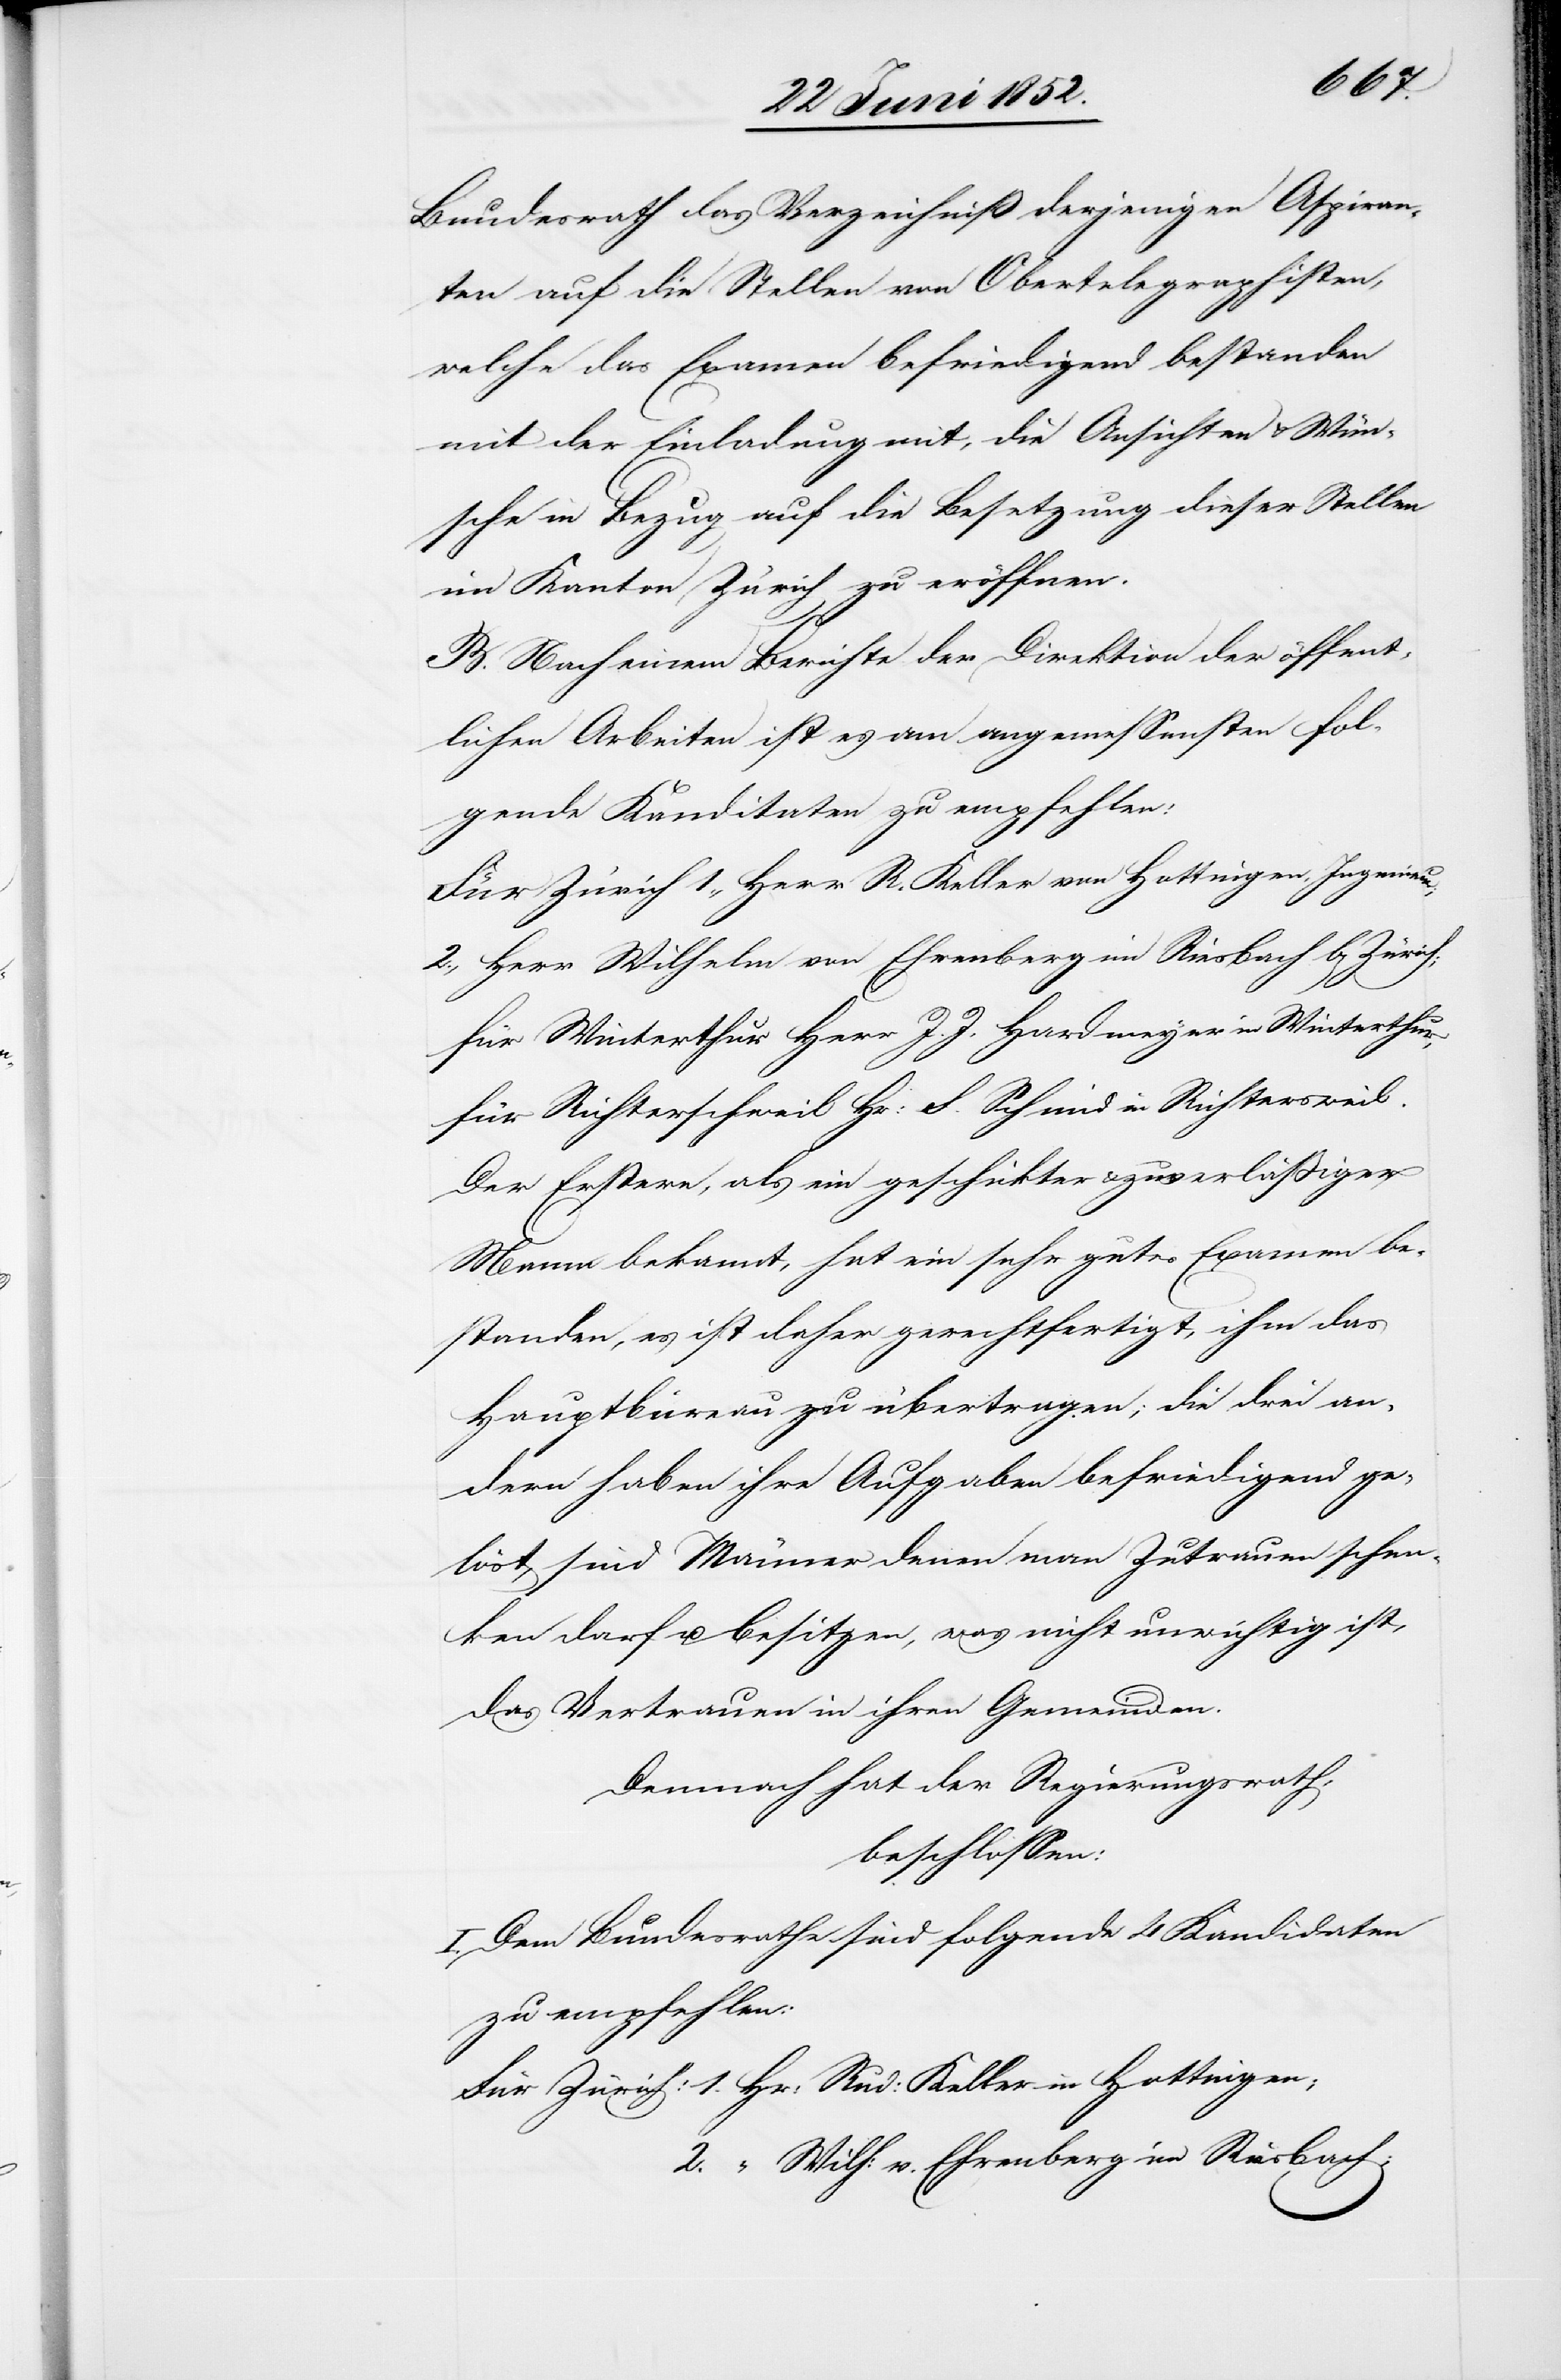
Keller
Bundesrath das Verzeichniß derjenigen Aspiran¬
ten auf die Stellen von Obertelegraphisten,
welche das Examen befriedigend bestanden
mit der Einladung mit, die Ansichten & Wün¬
sche in Bezug auf die Besetzung dieser Stellen
im Kanton Zürich zu eröffnen.
B. Nach einem Berichte der Direktion der öffent¬
lichen Arbeiten ist es am angemessensten fol¬
gende Kanditaten zu empfehlen:
Für Zürich 1., Herr R. Keller von Hottingen, Ingenieur;
2., Herr Wilhelm von Ehrenberg im Riesbach b[ei] Zürich;
für Winterthur Herr J. J. Hardmeyer in Winterthur,
für Richterschweil Hr: F. Schmid in Richtersweil.
Der Erstere, als ein geschickter & zuverlässiger
Mann bekannt, hat ein sehr gutes Examen be¬
standen, es ist daher gerechtfertigt, ihm das
Hauptbüreau zu übertragen; die drei an¬
dern haben ihre Aufgaben befriedigend ge¬
löst, sind Männer denen man Zutrauen schen¬
ken darf u. besitzen, was nicht unwichtig ist,
das Vertrauen in ihren Gemeinden.
Demnach hat der Regierungsrath,
beschlossen:
I. Dem Bundesrathe sind folgende 4 Kandidaten
zu empfehlen:
2. “ Wilh: v. Ehrenberg im Riesbach;